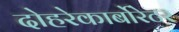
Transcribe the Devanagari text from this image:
दोहरेकार्बोरेटर